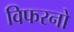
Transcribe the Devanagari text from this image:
विफरनो